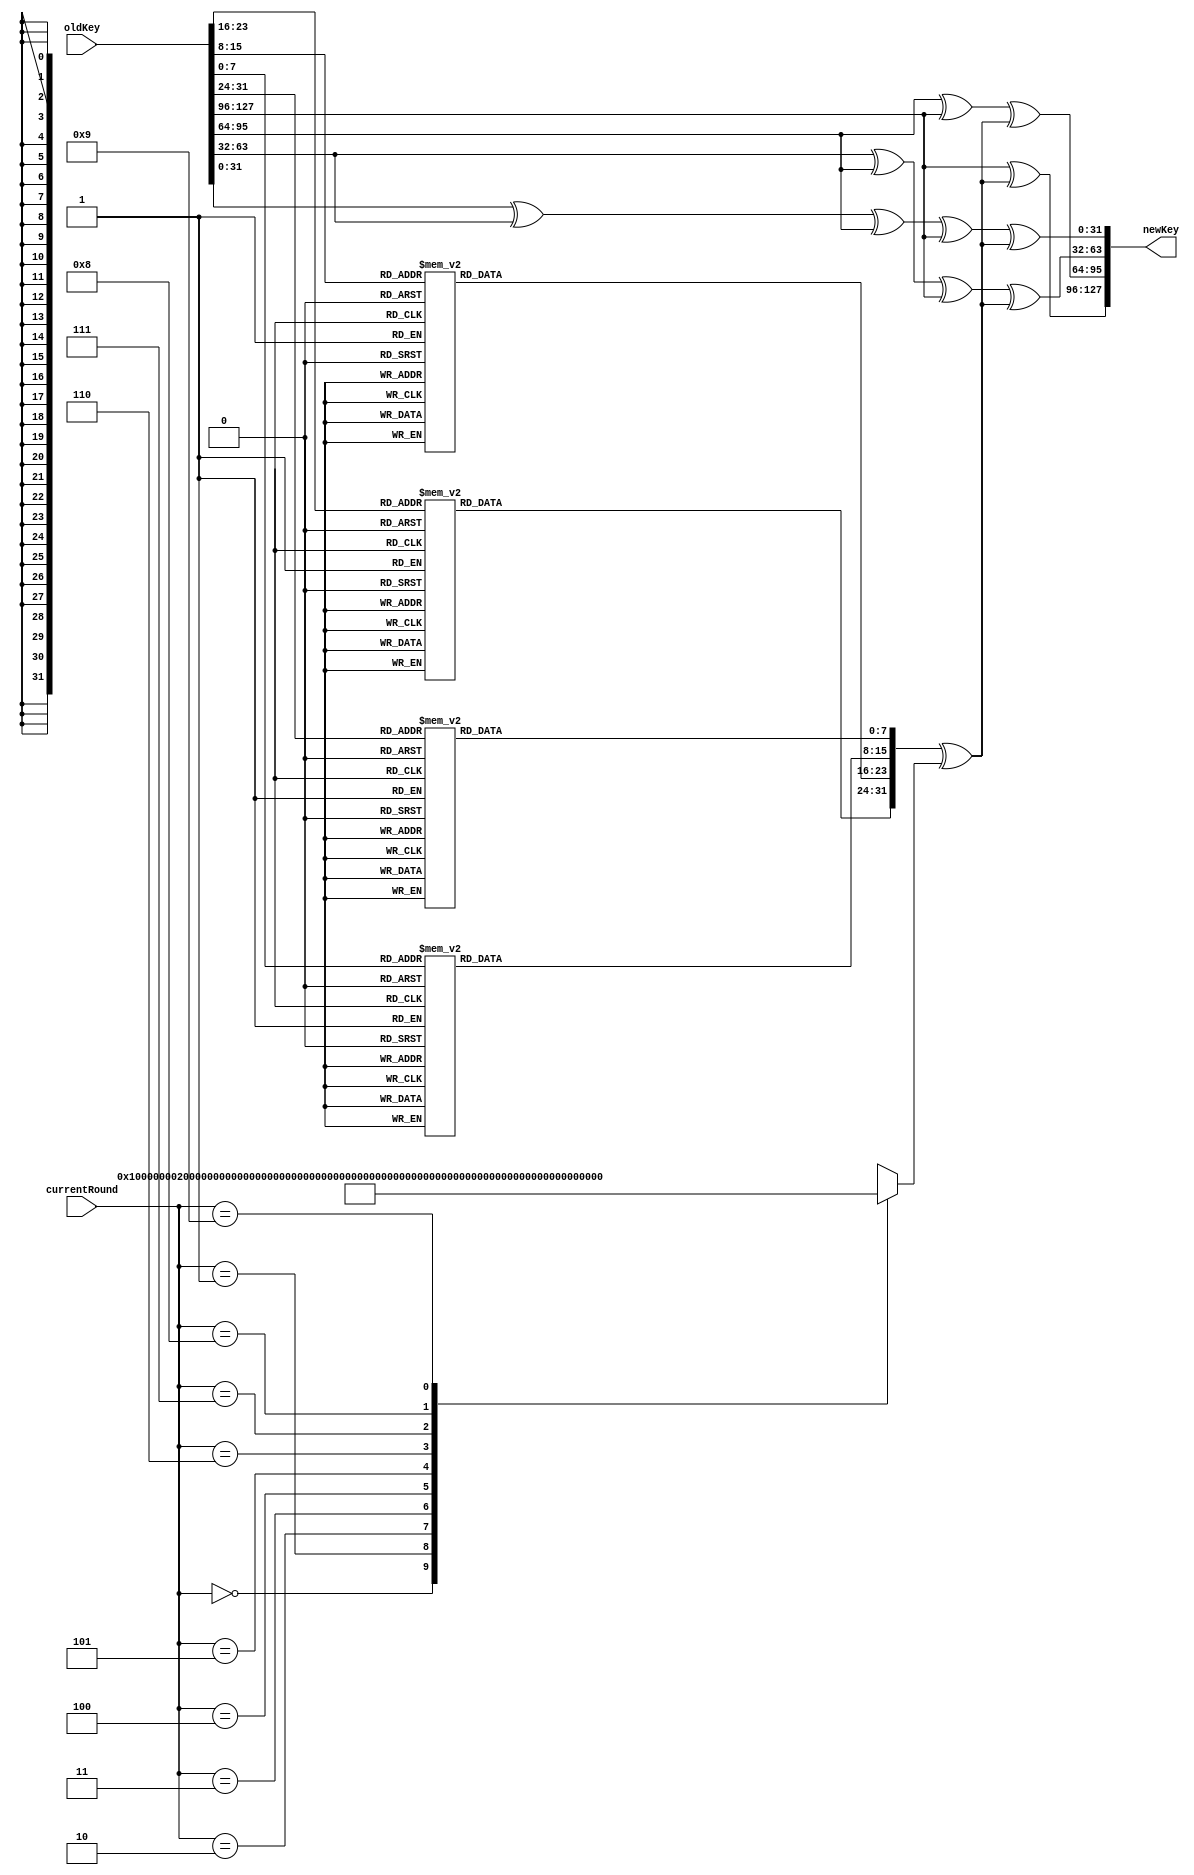
module KeyExpansion
#
(
parameter DATA_W = 128,      //data width
parameter KEY_L = 128,       //key length
parameter NO_ROUNDS = 10     //number of rounds
)
(input [0:KEY_L-1] oldKey, input [0:3] currentRound, output reg [0:KEY_L-1] newKey);

	reg [0:31] tmp;
	wire [31:0] RCON [0:NO_ROUNDS-1];                       //round constant array of words
	//round connstant values
	assign RCON[0] = 32'h01000000;
	assign RCON[1] = 32'h02000000;
	assign RCON[2] = 32'h04000000;
	assign RCON[3] = 32'h08000000;
	assign RCON[4] = 32'h10000000;
	assign RCON[5] = 32'h20000000;
	assign RCON[6] = 32'h40000000;
	assign RCON[7] = 32'h80000000;
	assign RCON[8] = 32'h1b000000;
	assign RCON[9] = 32'h36000000;

	always @(*) begin
		tmp = subWord(rotWord(oldKey[96:127])) ^ RCON[currentRound];
		newKey[0:31] = oldKey[0:31] ^ tmp;
		newKey[32:63] = oldKey[32:63] ^ oldKey[0:31] ^ tmp;
		newKey[64:95] = oldKey[64:95] ^ oldKey[32:63] ^ oldKey[0:31] ^ tmp;
		newKey[96:127] = oldKey[96:127] ^ oldKey[64:95] ^ oldKey[32:63] ^ oldKey[0:31] ^ tmp;
	end


	function [0:31] rotWord(input [0:31] word);
		begin
			rotWord = {word[8:31], word[0:7]};
		end
	endfunction

	function [0:31] subWord;
		input [0:31] word;
		begin
			subWord[0:7] = hashTB(word[0:7]);
			subWord[8:15] = hashTB(word[8:15]);
			subWord[16:23] = hashTB(word[16:23]);
			subWord[24:31] = hashTB(word[24:31]);
		end
	endfunction

	function [7:0] hashTB(input [7:0] word);
	begin
		case (word)
			8'h00: hashTB = 8'h63;
			8'h01: hashTB = 8'h7c;
			8'h02: hashTB = 8'h77;
			8'h03: hashTB = 8'h7b;
			8'h04: hashTB = 8'hf2;
			8'h05: hashTB = 8'h6b;
			8'h06: hashTB = 8'h6f;
			8'h07: hashTB = 8'hc5;
			8'h08: hashTB = 8'h30;
			8'h09: hashTB = 8'h01;
			8'h0a: hashTB = 8'h67;
			8'h0b: hashTB = 8'h2b;
			8'h0c: hashTB = 8'hfe;
			8'h0d: hashTB = 8'hd7;
			8'h0e: hashTB = 8'hab;
			8'h0f: hashTB = 8'h76;
			8'h10: hashTB = 8'hca;
			8'h11: hashTB = 8'h82;
			8'h12: hashTB = 8'hc9;
			8'h13: hashTB = 8'h7d;
			8'h14: hashTB = 8'hfa;
			8'h15: hashTB = 8'h59;
			8'h16: hashTB = 8'h47;
			8'h17: hashTB = 8'hf0;
			8'h18: hashTB = 8'had;
			8'h19: hashTB = 8'hd4;
			8'h1a: hashTB = 8'ha2;
			8'h1b: hashTB = 8'haf;
			8'h1c: hashTB = 8'h9c;
			8'h1d: hashTB = 8'ha4;
			8'h1e: hashTB = 8'h72;
			8'h1f: hashTB = 8'hc0;
			8'h20: hashTB = 8'hb7;
			8'h21: hashTB = 8'hfd;
			8'h22: hashTB = 8'h93;
			8'h23: hashTB = 8'h26;
			8'h24: hashTB = 8'h36;
			8'h25: hashTB = 8'h3f;
			8'h26: hashTB = 8'hf7;
			8'h27: hashTB = 8'hcc;
			8'h28: hashTB = 8'h34;
			8'h29: hashTB = 8'ha5;
			8'h2a: hashTB = 8'he5;
			8'h2b: hashTB = 8'hf1;
			8'h2c: hashTB = 8'h71;
			8'h2d: hashTB = 8'hd8;
			8'h2e: hashTB = 8'h31;
			8'h2f: hashTB = 8'h15;
			8'h30: hashTB = 8'h04;
			8'h31: hashTB = 8'hc7;
			8'h32: hashTB = 8'h23;
			8'h33: hashTB = 8'hc3;
			8'h34: hashTB = 8'h18;
			8'h35: hashTB = 8'h96;
			8'h36: hashTB = 8'h05;
			8'h37: hashTB = 8'h9a;
			8'h38: hashTB = 8'h07;
			8'h39: hashTB = 8'h12;
			8'h3a: hashTB = 8'h80;
			8'h3b: hashTB = 8'he2;
			8'h3c: hashTB = 8'heb;
			8'h3d: hashTB = 8'h27;
			8'h3e: hashTB = 8'hb2;
			8'h3f: hashTB = 8'h75;
			8'h40: hashTB = 8'h09;
			8'h41: hashTB = 8'h83;
			8'h42: hashTB = 8'h2c;
			8'h43: hashTB = 8'h1a;
			8'h44: hashTB = 8'h1b;
			8'h45: hashTB = 8'h6e;
			8'h46: hashTB = 8'h5a;
			8'h47: hashTB = 8'ha0;
			8'h48: hashTB = 8'h52;
			8'h49: hashTB = 8'h3b;
			8'h4a: hashTB = 8'hd6;
			8'h4b: hashTB = 8'hb3;
			8'h4c: hashTB = 8'h29;
			8'h4d: hashTB = 8'he3;
			8'h4e: hashTB = 8'h2f;
			8'h4f: hashTB = 8'h84;
			8'h50: hashTB = 8'h53;
			8'h51: hashTB = 8'hd1;
			8'h52: hashTB = 8'h00;
			8'h53: hashTB = 8'hed;
			8'h54: hashTB = 8'h20;
			8'h55: hashTB = 8'hfc;
			8'h56: hashTB = 8'hb1;
			8'h57: hashTB = 8'h5b;
			8'h58: hashTB = 8'h6a;
			8'h59: hashTB = 8'hcb;
			8'h5a: hashTB = 8'hbe;
			8'h5b: hashTB = 8'h39;
			8'h5c: hashTB = 8'h4a;
			8'h5d: hashTB = 8'h4c;
			8'h5e: hashTB = 8'h58;
			8'h5f: hashTB = 8'hcf;
			8'h60: hashTB = 8'hd0;
			8'h61: hashTB = 8'hef;
			8'h62: hashTB = 8'haa;
			8'h63: hashTB = 8'hfb;
			8'h64: hashTB = 8'h43;
			8'h65: hashTB = 8'h4d;
			8'h66: hashTB = 8'h33;
			8'h67: hashTB = 8'h85;
			8'h68: hashTB = 8'h45;
			8'h69: hashTB = 8'hf9;
			8'h6a: hashTB = 8'h02;
			8'h6b: hashTB = 8'h7f;
			8'h6c: hashTB = 8'h50;
			8'h6d: hashTB = 8'h3c;
			8'h6e: hashTB = 8'h9f;
			8'h6f: hashTB = 8'ha8;
			8'h70: hashTB = 8'h51;
			8'h71: hashTB = 8'ha3;
			8'h72: hashTB = 8'h40;
			8'h73: hashTB = 8'h8f;
			8'h74: hashTB = 8'h92;
			8'h75: hashTB = 8'h9d;
			8'h76: hashTB = 8'h38;
			8'h77: hashTB = 8'hf5;
			8'h78: hashTB = 8'hbc;
			8'h79: hashTB = 8'hb6;
			8'h7a: hashTB = 8'hda;
			8'h7b: hashTB = 8'h21;
			8'h7c: hashTB = 8'h10;
			8'h7d: hashTB = 8'hff;
			8'h7e: hashTB = 8'hf3;
			8'h7f: hashTB = 8'hd2;
			8'h80: hashTB = 8'hcd;
			8'h81: hashTB = 8'h0c;
			8'h82: hashTB = 8'h13;
			8'h83: hashTB = 8'hec;
			8'h84: hashTB = 8'h5f;
			8'h85: hashTB = 8'h97;
			8'h86: hashTB = 8'h44;
			8'h87: hashTB = 8'h17;
			8'h88: hashTB = 8'hc4;
			8'h89: hashTB = 8'ha7;
			8'h8a: hashTB = 8'h7e;
			8'h8b: hashTB = 8'h3d;
			8'h8c: hashTB = 8'h64;
			8'h8d: hashTB = 8'h5d;
			8'h8e: hashTB = 8'h19;
			8'h8f: hashTB = 8'h73;
			8'h90: hashTB = 8'h60;
			8'h91: hashTB = 8'h81;
			8'h92: hashTB = 8'h4f;
			8'h93: hashTB = 8'hdc;
			8'h94: hashTB = 8'h22;
			8'h95: hashTB = 8'h2a;
			8'h96: hashTB = 8'h90;
			8'h97: hashTB = 8'h88;
			8'h98: hashTB = 8'h46;
			8'h99: hashTB = 8'hee;
			8'h9a: hashTB = 8'hb8;
			8'h9b: hashTB = 8'h14;
			8'h9c: hashTB = 8'hde;
			8'h9d: hashTB = 8'h5e;
			8'h9e: hashTB = 8'h0b;
			8'h9f: hashTB = 8'hdb;
			8'ha0: hashTB = 8'he0;
			8'ha1: hashTB = 8'h32;
			8'ha2: hashTB = 8'h3a;
			8'ha3: hashTB = 8'h0a;
			8'ha4: hashTB = 8'h49;
			8'ha5: hashTB = 8'h06;
			8'ha6: hashTB = 8'h24;
			8'ha7: hashTB = 8'h5c;
			8'ha8: hashTB = 8'hc2;
			8'ha9: hashTB = 8'hd3;
			8'haa: hashTB = 8'hac;
			8'hab: hashTB = 8'h62;
			8'hac: hashTB = 8'h91;
			8'had: hashTB = 8'h95;
			8'hae: hashTB = 8'he4;
			8'haf: hashTB = 8'h79;
			8'hb0: hashTB = 8'he7;
			8'hb1: hashTB = 8'hc8;
			8'hb2: hashTB = 8'h37;
			8'hb3: hashTB = 8'h6d;
			8'hb4: hashTB = 8'h8d;
			8'hb5: hashTB = 8'hd5;
			8'hb6: hashTB = 8'h4e;
			8'hb7: hashTB = 8'ha9;
			8'hb8: hashTB = 8'h6c;
			8'hb9: hashTB = 8'h56;
			8'hba: hashTB = 8'hf4;
			8'hbb: hashTB = 8'hea;
			8'hbc: hashTB = 8'h65;
			8'hbd: hashTB = 8'h7a;
			8'hbe: hashTB = 8'hae;
			8'hbf: hashTB = 8'h08;
			8'hc0: hashTB = 8'hba;
			8'hc1: hashTB = 8'h78;
			8'hc2: hashTB = 8'h25;
			8'hc3: hashTB = 8'h2e;
			8'hc4: hashTB = 8'h1c;
			8'hc5: hashTB = 8'ha6;
			8'hc6: hashTB = 8'hb4;
			8'hc7: hashTB = 8'hc6;
			8'hc8: hashTB = 8'he8;
			8'hc9: hashTB = 8'hdd;
			8'hca: hashTB = 8'h74;
			8'hcb: hashTB = 8'h1f;
			8'hcc: hashTB = 8'h4b;
			8'hcd: hashTB = 8'hbd;
			8'hce: hashTB = 8'h8b;
			8'hcf: hashTB = 8'h8a;
			8'hd0: hashTB = 8'h70;
			8'hd1: hashTB = 8'h3e;
			8'hd2: hashTB = 8'hb5;
			8'hd3: hashTB = 8'h66;
			8'hd4: hashTB = 8'h48;
			8'hd5: hashTB = 8'h03;
			8'hd6: hashTB = 8'hf6;
			8'hd7: hashTB = 8'h0e;
			8'hd8: hashTB = 8'h61;
			8'hd9: hashTB = 8'h35;
			8'hda: hashTB = 8'h57;
			8'hdb: hashTB = 8'hb9;
			8'hdc: hashTB = 8'h86;
			8'hdd: hashTB = 8'hc1;
			8'hde: hashTB = 8'h1d;
			8'hdf: hashTB = 8'h9e;
			8'he0: hashTB = 8'he1;
			8'he1: hashTB = 8'hf8;
			8'he2: hashTB = 8'h98;
			8'he3: hashTB = 8'h11;
			8'he4: hashTB = 8'h69;
			8'he5: hashTB = 8'hd9;
			8'he6: hashTB = 8'h8e;
			8'he7: hashTB = 8'h94;
			8'he8: hashTB = 8'h9b;
			8'he9: hashTB = 8'h1e;
			8'hea: hashTB = 8'h87;
			8'heb: hashTB = 8'he9;
			8'hec: hashTB = 8'hce;
			8'hed: hashTB = 8'h55;
			8'hee: hashTB = 8'h28;
			8'hef: hashTB = 8'hdf;
			8'hf0: hashTB = 8'h8c;
			8'hf1: hashTB = 8'ha1;
			8'hf2: hashTB = 8'h89;
			8'hf3: hashTB = 8'h0d;
			8'hf4: hashTB = 8'hbf;
			8'hf5: hashTB = 8'he6;
			8'hf6: hashTB = 8'h42;
			8'hf7: hashTB = 8'h68;
			8'hf8: hashTB = 8'h41;
			8'hf9: hashTB = 8'h99;
			8'hfa: hashTB = 8'h2d;
			8'hfb: hashTB = 8'h0f;
			8'hfc: hashTB = 8'hb0;
			8'hfd: hashTB = 8'h54;
			8'hfe: hashTB = 8'hbb;
			8'hff: hashTB = 8'h16;
		endcase
	end
	endfunction

endmodule